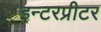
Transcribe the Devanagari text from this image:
इन्टरप्रीटर